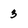
Character: 3